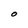
Character: O